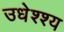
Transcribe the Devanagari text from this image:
उधेश्श्य